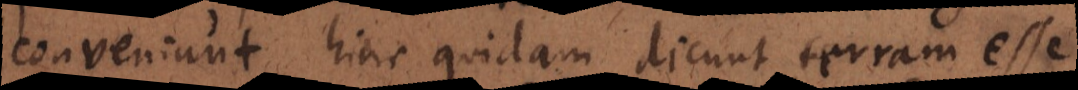
conveniunt, hinc quidam dicunt terram esse